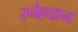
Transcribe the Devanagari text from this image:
स्नेहदान